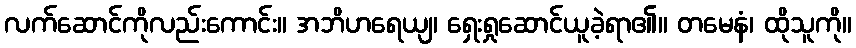
လက်ဆောင်ကိုလည်းကောင်း။ အဘိဟရေယျ၊ ရှေးရှုဆောင်ယူခဲ့ရာ၏။ တမေနံ၊ ထိုသူကို။